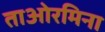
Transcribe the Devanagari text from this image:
ताओरमिना